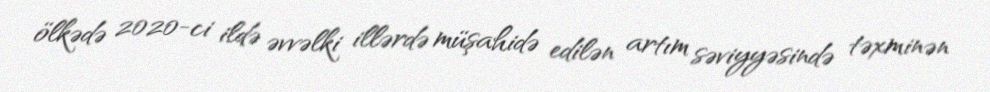
ölkədə 2020-ci ildə əvvəlki illərdə müşahidə edilən artım səviyyəsində təxminən